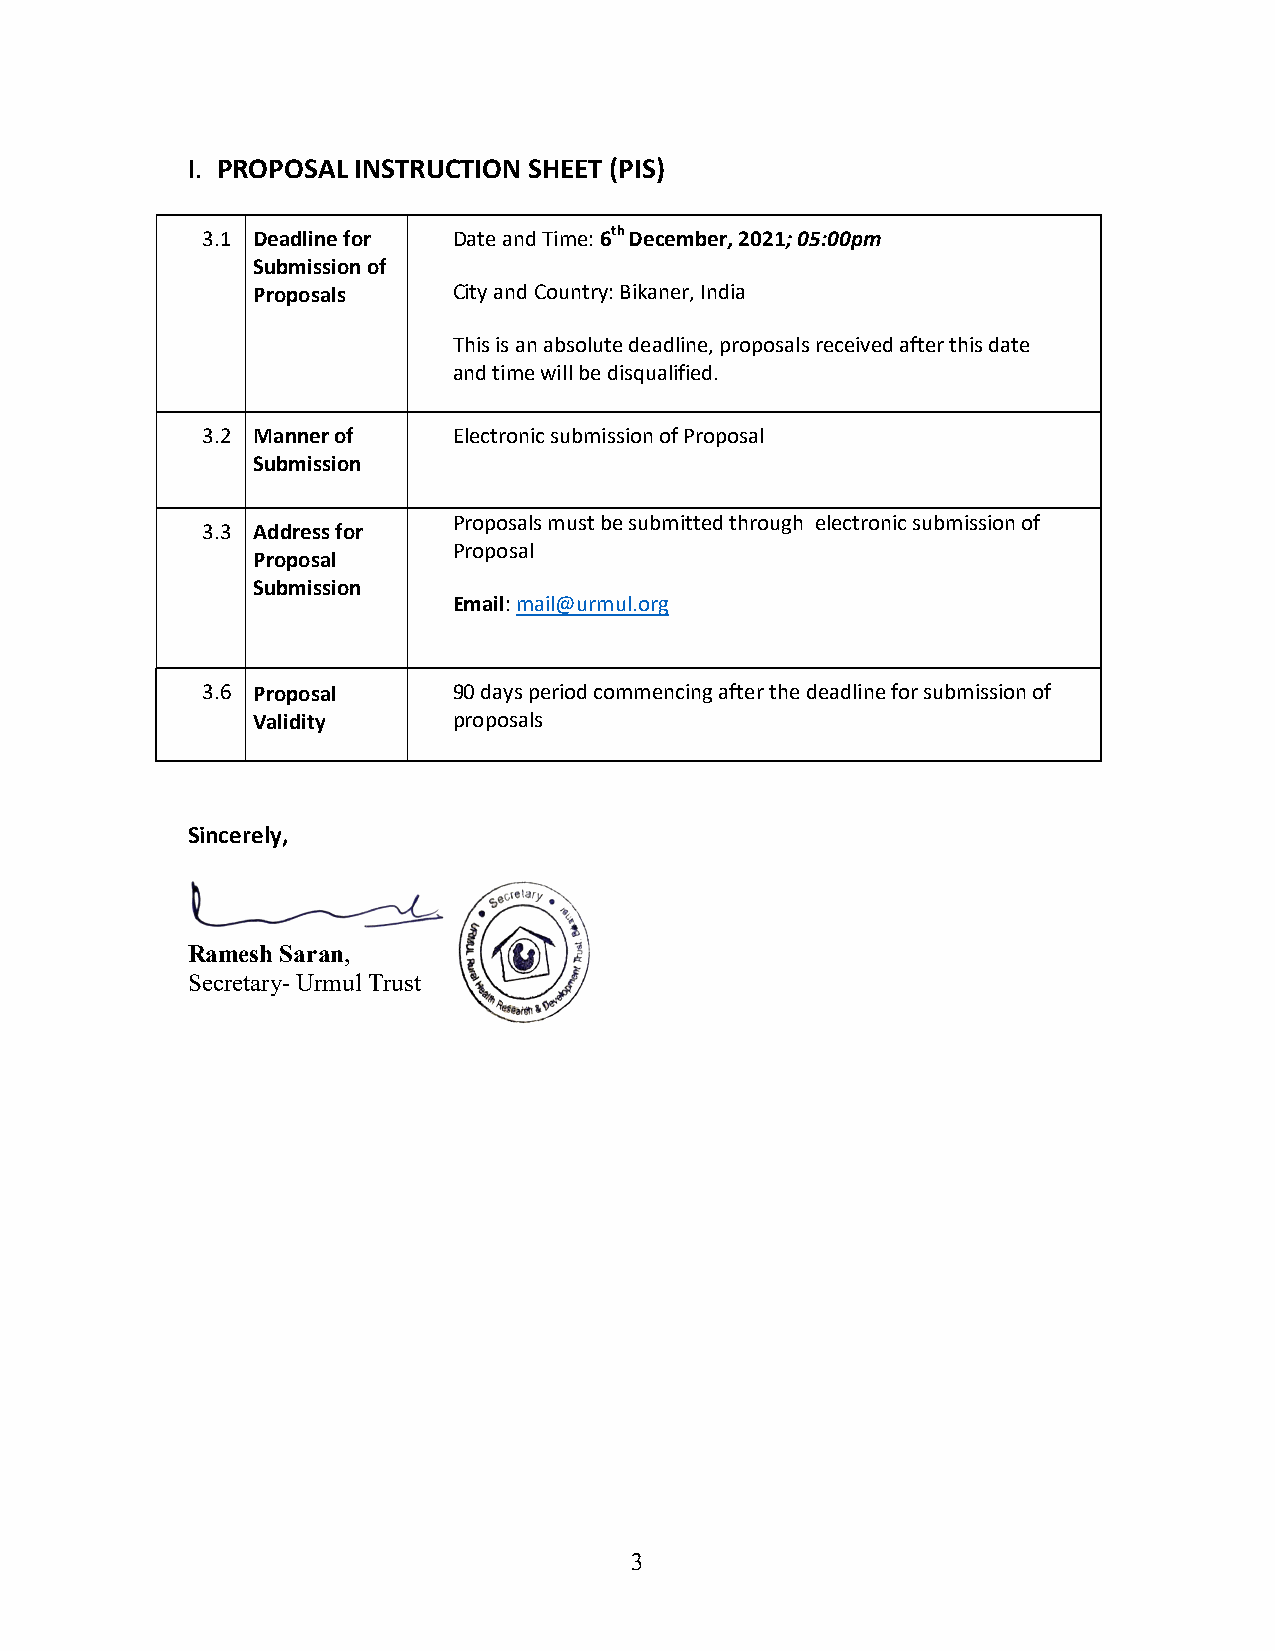
I. PROPOSAL INSTRUCTION SHEET (PIS)
 3.1 Deadline for Date and Time: 6th December, 2021; 05:00pm
 Submission of
 Proposals    City and Country: Bikaner, India
 This is an absolute deadline, proposals received after this date
 and time will be disqualified.
 3.2 Manner of    Electronic submission of Proposal
 Submission
 Proposals must be submitted through electronic submission of
 3.3 Address for
 Proposal
 Proposal
 Submission
 Email: mail@urmul.org
 3.6 Proposal     90 days period commencing after the deadline for submission of
 Validity     proposals
 Sincerely,
 Ramesh Saran,
 Secretary- Urmul Trust
 3